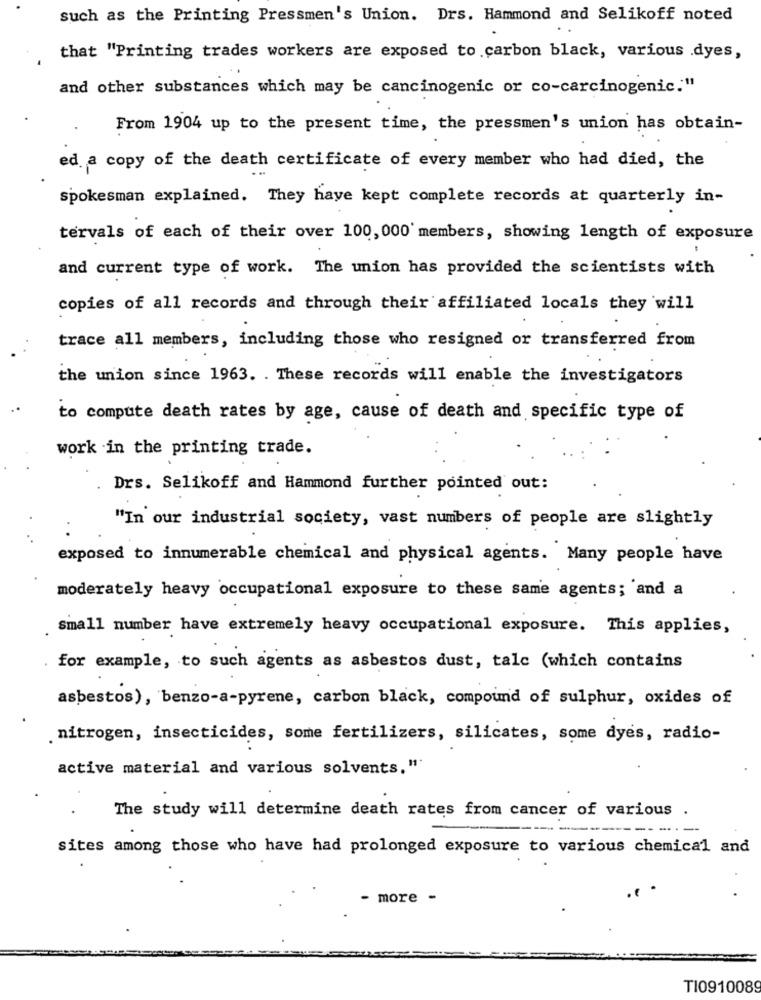
such as the Printing Pressmen's Union. Drs. Hammond and Selikoff noted
that "Printing trades workers are exposed to carbon black, various dyes,
and other substances which may be cancinogenic or co-carcinogenic."
From 1904 up to the present time, the pressmen's union has obtain-
ed a copy of the death certificate of every member who had died, the
spokesman explained. They have kept complete records at quarterly in-
tervals of each of their over 100, 000 members, showing length of exposure
and current type of work. The union has provided the scientists with
copies of all records and through their affiliated locals they will
trace all members, including those who resigned or transferred from
the union since 1963. . These records will enable the investigators
to compute death rates by age, cause of death and specific type of
work in the printing trade.
Drs. Selikoff and Hammond further pointed out:
"In our industrial society, vast numbers of people are slightly
exposed to innumerable chemical and physical agents. Many people have
moderately heavy occupational exposure to these same agents; and a
Small number have extremely heavy occupational exposure. This applies,
for example, to such agents as asbestos dust, talc (which contains
asbestos), benzo-a-pyrene, carbon black, compound of sulphur, oxides of
. nitrogen, insecticides, some fertilizers, silicates, some dyes, radio-
active material and various solvents,"
The study will determine death rates from cancer of various .
. --
sites among those who have had prolonged exposure to various chemical and
- more -
T10910089